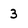
Character: 3